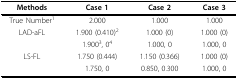
| Methods | Case 1 | Case 2 | Case 3 |
 | --- | --- | --- | --- |
 | True Number1 | 2.000 | 1.000 | 1.000 |
 | LAD-aFL | 1.900 (0.410)2 | 1.000 (0) | 1.000 (0) |
 |  | 1.9003, 04 | 1.000, 0 | 1.000, 0 |
 | LS-FL | 1.750 (0.444) | 1.150 (0.366) | 1.000 (0) |
 |  | 1.750, 0 | 0.850, 0.300 | 1.000, 0 |